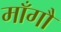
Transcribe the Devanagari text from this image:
माँगौ